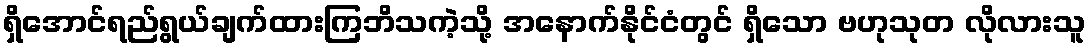
ရှိအောင်ရည်ရွယ်ချက်ထားကြဘိသကဲ့သို့ အနောက်နိုင်ငံတွင် ရှိသော ဗဟုသုတ လိုလားသူ